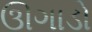
ઊગાડો